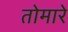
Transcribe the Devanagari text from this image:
तोमारे